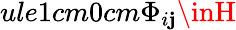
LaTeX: ule{1cm}{0cm}\Phi_{i\mathbf{j}}\inH